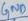
Text: GND